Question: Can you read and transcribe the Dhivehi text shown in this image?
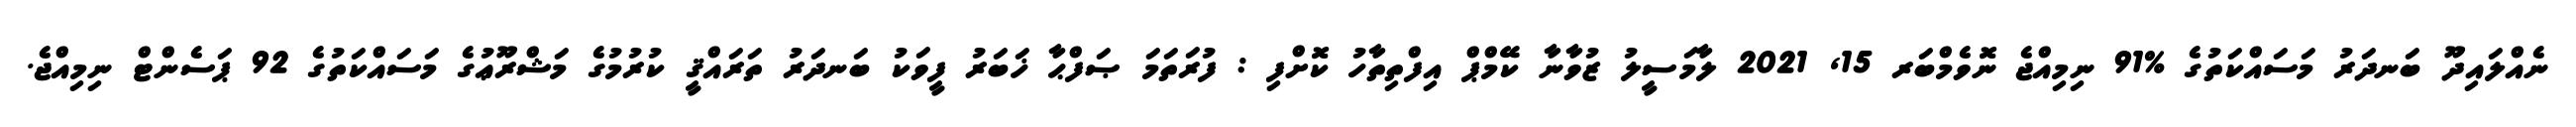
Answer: ނެއްލައިދޫ ބަނދަރު މަސައްކަތުގެ %91 ނިމިއްޖެ ނޮވެމްބަރ 15, 2021 ލާމަސީލު ޒުވާނާ ކޭމްޕް އިފްތިތާހު ކޮށްފި : ފުރަތަމަ ޞަފްޙާ ޚަބަރު ފީވަކު ބަނދަރު ތަރައްޤީ ކުރުމުގެ މަޝްރޫޢުގެ މަސައްކަތުގެ 92 ޕަސެންޓް ނިމިއްޖެ.